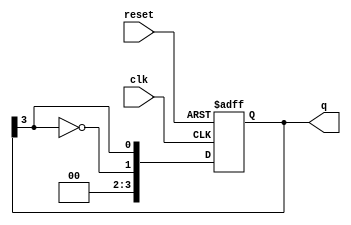
module modified_johnson_counter #(
    parameter N = 4  // Number of flip-flops
)(
    input wire clk,       // Clock input
    input wire reset,     // Asynchronous reset
    output reg [N-1:0] q  // Output state of the counter
);

// Always block triggered on the rising edge of the clock or when reset is high
always @(posedge clk or posedge reset) begin
    if (reset) begin
        // Reset the counter to a known state (all zeros)
        q <= 0;
    end else begin
        // Shift the current state and feed back the inverted last flip-flop output
        q <= {~q[N-1], q[N-1:N-1]}; // Shift and feedback inverted last bit
    end
end

endmodule